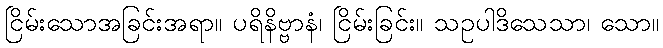
ငြိမ်းသောအခြင်းအရာ။ ပရိနိဗ္ဗာနံ၊ ငြိမ်းခြင်း။ သဥပါဒိသေသာ၊ သော။